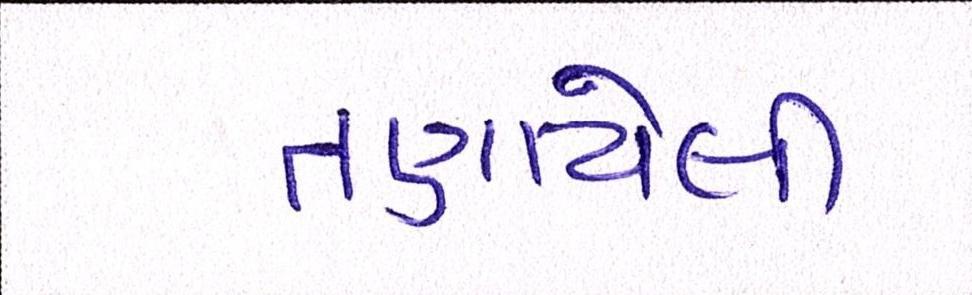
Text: તણાયેલી